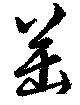
罌